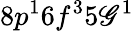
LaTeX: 8p^{1}6f^{3}5\mathscr{G}^{1}